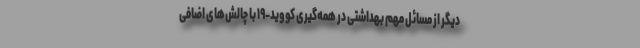
دیگر از مسائل مهم بهداشتی در همه‌گیری کووید-۱۹ با چالش‌های اضافی